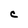
Character: C